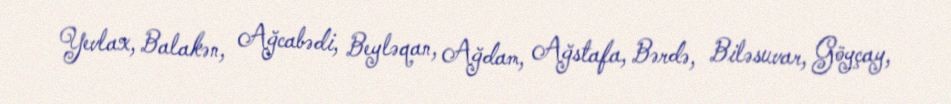
Yevlax, Balakən, Ağcabədi, Beyləqan, Ağdam, Ağstafa, Bərdə, Biləsuvar, Göyçay,